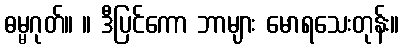
ဓမ္မဂုတ်။ ။ ဒီပြင်ကော ဘာများ မောရသေးတုန်း။